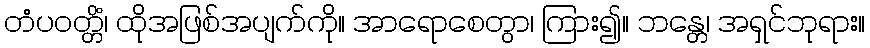
တံပဝတ္တိံ၊ ထိုအဖြစ်အပျက်ကို။ အာရောစေတွာ၊ ကြား၍။ ဘန္တေ၊ အရှင်ဘုရား။